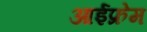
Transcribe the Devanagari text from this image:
आईफ्रेम